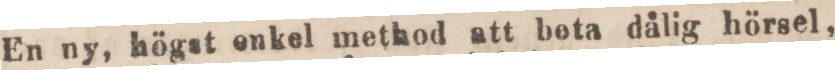
En ny, högst onkel method att beta dålig hörsel,